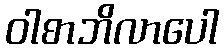
ဝါစာဘိလာပေါ